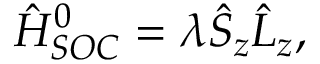
\hat { H } _ { S O C } ^ { 0 } = \lambda \hat { S } _ { z } \hat { L } _ { z } ,